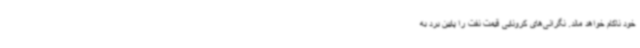
خود ناکام خواهد ماند. نگرانی‌های کرونایی قیمت نفت را پایین برد به